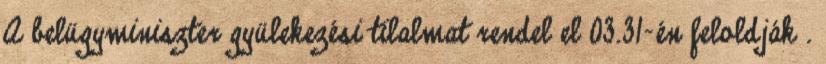
A belügyminiszter gyülekezési tilalmat rendel el 03.31-én feloldják .